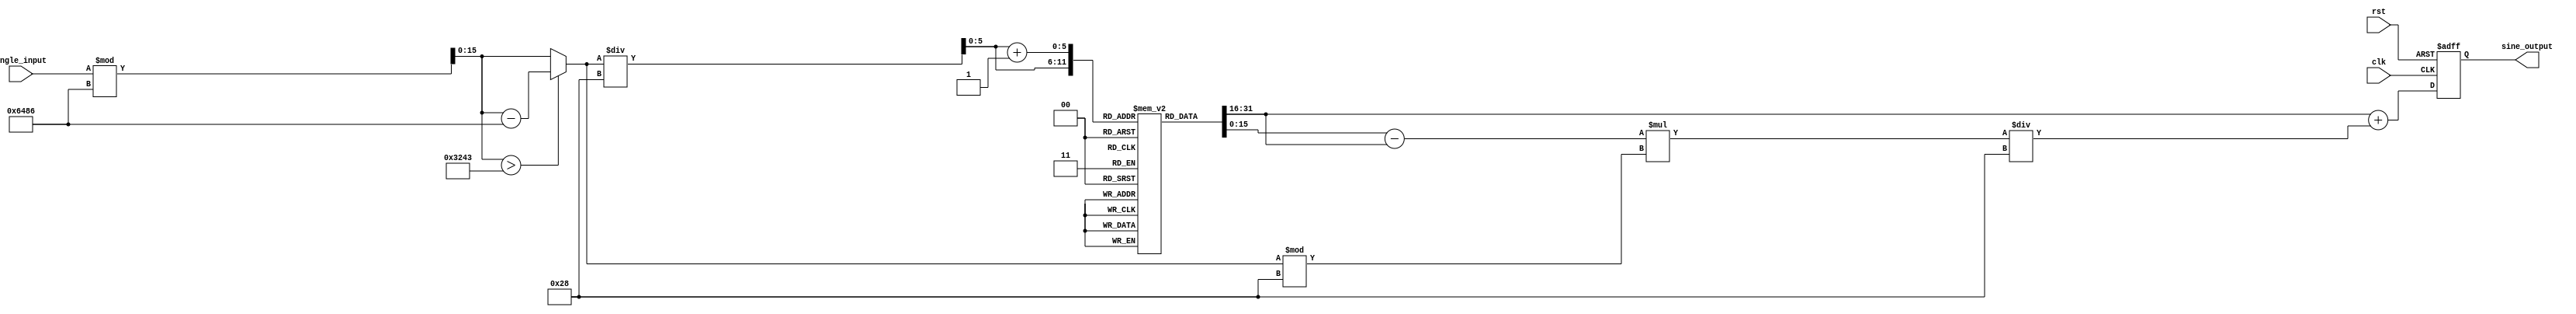
module sine_block (
    input wire [15:0] angle_input, // Angle input in fixed-point (16 bits)
    output reg [15:0] sine_output,  // Sine output in fixed-point (16 bits)
    input wire clk,
    input wire rst
);

// Parameters
parameter LUT_SIZE = 64;  // Size of the LUT
parameter PI = 16'h3243;  // Fixed-point representation of  (3.14159...)
parameter LUT_STEP = 16'h28; // Fixed-point representation of 0.1 radians

// Lookup Table (LUT) for sine values
reg [15:0] sine_lut [0:LUT_SIZE-1];

// Internal variables
reg [15:0] angle_normalized;
reg [5:0] lut_index;
reg [15:0] lut_value1, lut_value2;
reg [15:0] interp_value;

// Initialize LUT with precomputed sine values
initial begin
    // Fill LUT with sine values (example values, use a tool to generate accurate ones)
    sine_lut[0] = 16'h0000; // sin(0)
    sine_lut[1] = 16'h1999; // sin(0.1)
    sine_lut[2] = 16'h32D4; // sin(0.2)
    // Add more values up to sine_lut[LUT_SIZE-1]...
    sine_lut[63] = 16'h7FFF; // sin(/2)
end

// Angle normalization
always @(posedge clk or posedge rst) begin
    if (rst) begin
        sine_output <= 16'h0000;
    end else begin
        // Normalize angle to [0, 2]
        angle_normalized = angle_input % (2 * PI);
        if (angle_normalized > PI) begin
            angle_normalized = angle_normalized - (2 * PI);
        end

        // Calculate LUT index
        lut_index = angle_normalized / LUT_STEP;

        // Get the two nearest LUT values
        lut_value1 = sine_lut[lut_index];
        lut_value2 = sine_lut[lut_index + 1];

        // Interpolation
        interp_value = lut_value1 + ((lut_value2 - lut_value1) * (angle_normalized % LUT_STEP)) / LUT_STEP;

        // Assign the output
        sine_output <= interp_value;
    end
end

endmodule